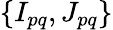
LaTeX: \left\{ {{I_{pq}},{J_{pq}}}\right\}